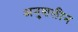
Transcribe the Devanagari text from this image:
अनुशलीन